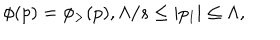
\phi ( p ) = \phi _ { > } ( p ) , \Lambda / s \leq | p _ { 1 } | \leq \Lambda ,